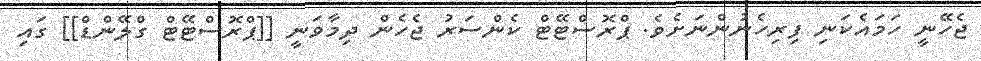
ޖެހޭނީ ހަމައެކަނި ފިރިހެނުންނަށެވެ. ޕްރޮސްޓޭޓް ކެންސަރު ޖެހެން ދިމާވަނީ [[ޕްރޮސްޓޭޓް ގްލޭންޑް]] ގައި